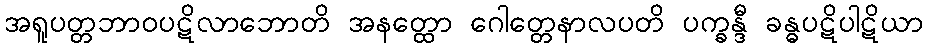
အရူပတ္တဘာဝပဋိလာဘောတိ အနတ္ထော ဂေါတ္တေနာလပတိ ပက္ခန္ဒီ ခန္ဓပဋိပါဋိယာ